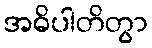
အဓိပါတိတွာ